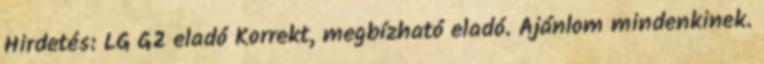
Hirdetés: LG G2 eladó Korrekt, megbízható eladó. Ajánlom mindenkinek.